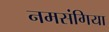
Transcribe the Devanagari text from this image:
नमसंगिया